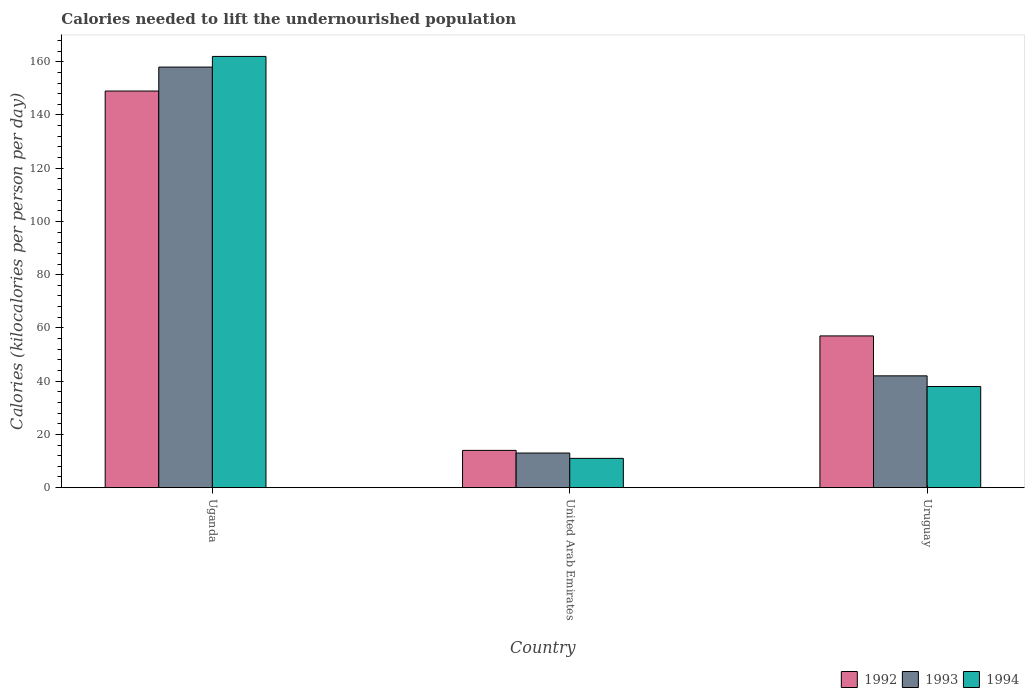
| Country | 1992 | 1993 | 1994 |
 | --- | --- | --- | --- |
 | Uganda | 149 | 158 | 162 |
 | United Arab Emirates | 14 | 13 | 11 |
 | Uruguay | 57 | 42 | 38 |